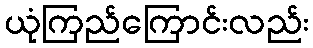
ယုံကြည်ကြောင်းလည်း